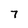
Character: 7